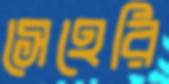
সেহেরি